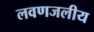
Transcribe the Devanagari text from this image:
लवणजलीय